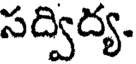
సద్విద్య.